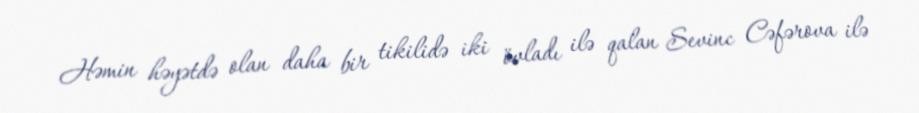
Həmin həyətdə olan daha bir tikilidə iki övladı ilə qalan Sevinc Cəfərova ilə